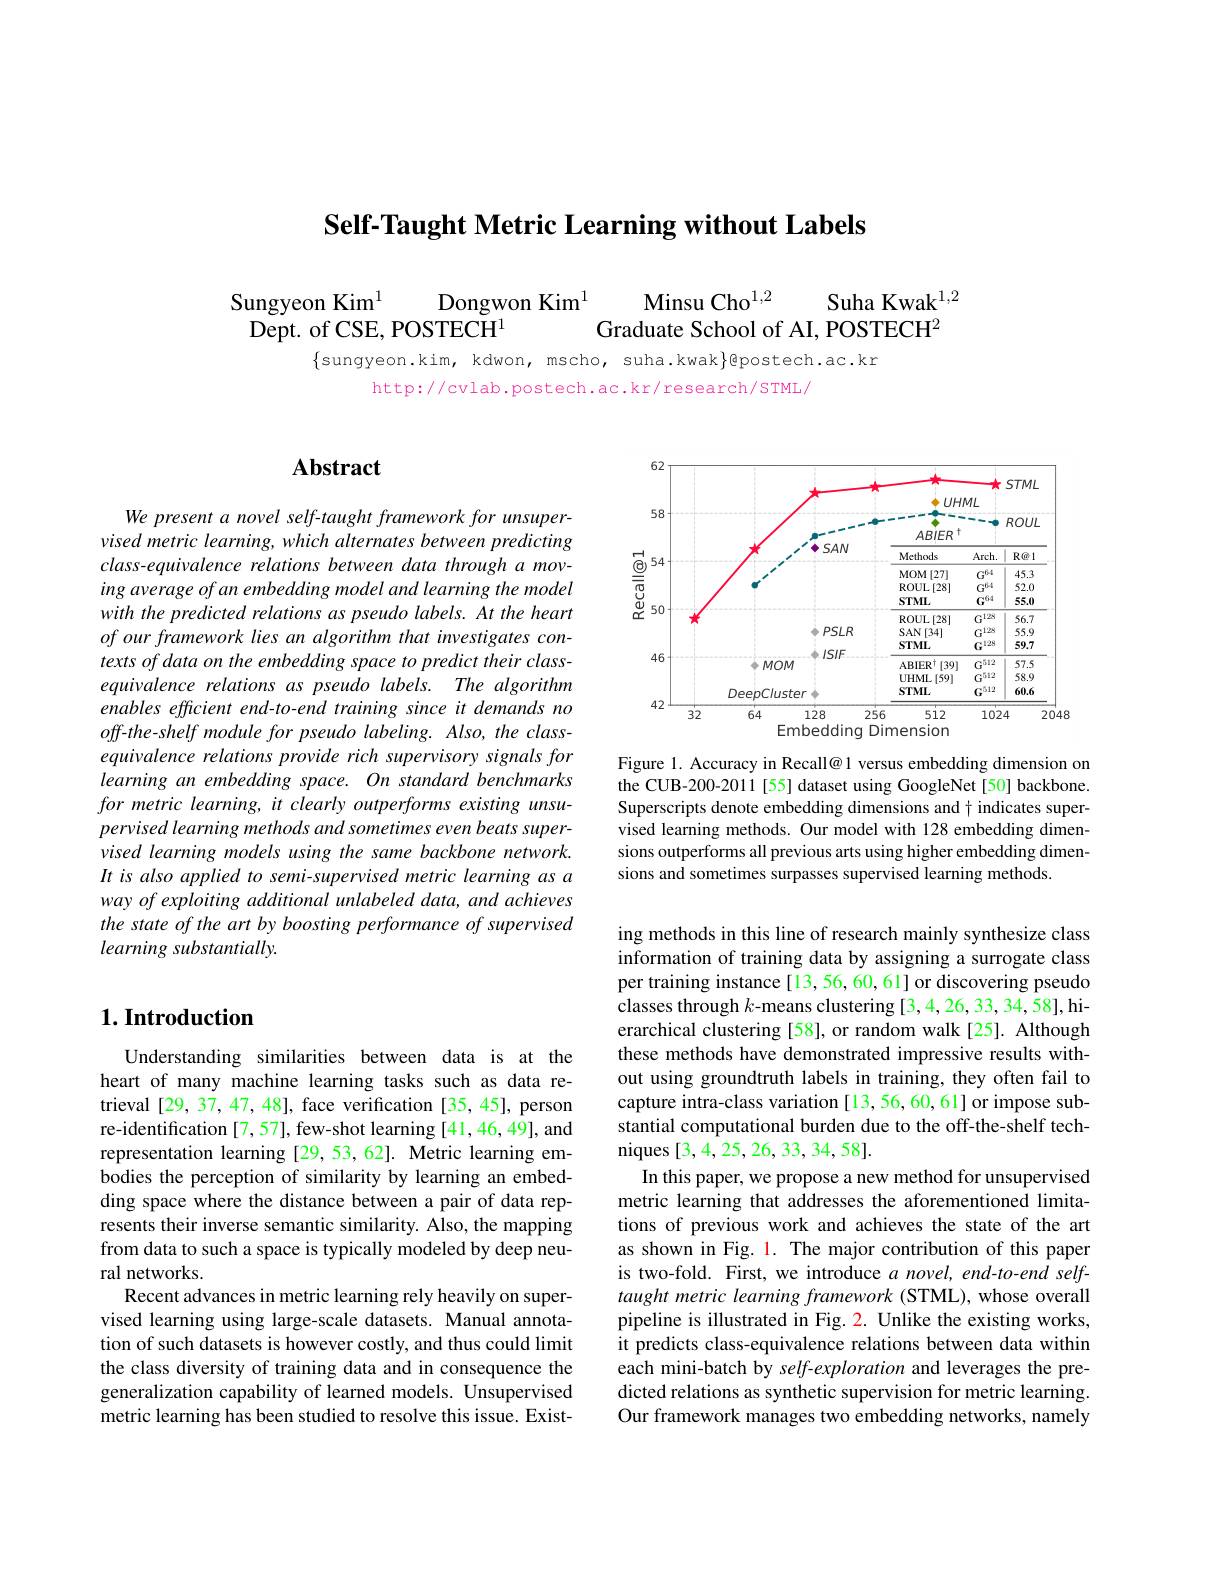
Self-Taught Metric Learning without Labels

$\begin{array}{c}\text{iungyeon Kim}^{1}&\text{Dongwon Kim}^{1}&\text{Minsu Cho}^{1,2}&\text{Suha Kwak}^{1,2}\\\text{Dept. of CSE, POSTECH}^{1}&\text{Graduate School of AI, POSTECH}^{2}\end{array}$

$\{$sungyeon.kim, kdwon, mscho, suha.kwak$\}$@postech.ac.kr
http://cvlab.postech.ac.kr/research/STML/

# Abstract

We present a novel self-taught framework for unsupervised metric learning, which alternates between predicting class-equivalence relations between data through a moving average of an embedding model and learning the model with the predicted relations as pseudo labels. At the heart ofourframework lies an algorithm that investigates contexts of data on the embedding space to predict their classequivalence relations as pseudo labels. The algorithm enables efficient end-to-end training since it demands no $off-the-shelf$ module for pseudo labeling. Also, the classequivalence relations provide rich supervisory signals for learning an embedding space. On standard benchmarks for metric learning, it clearly outperforms existing unsupervised learning methods and sometimes even beats supervised learning models using the same backbone network. It is also applied to semi-supervised metric learning as a way of exploiting additional unlabeled data, and achieves the state of the art by boosting performance of supervised learning substantially.

# $1. \textbf{Introduction}$

Understanding similarities between data is at the heart of many machine learning tasks such as data retrieval [29, 37, 47, 48], face verification [35, 45], person re-identification [7,57], few-shot learning [41,46,49], and representation learning [29,53,62]. Metric learning embodies the perception of similarity by learning an embedding space where the distance between a pair of data represents their inverse semantic similarity. Also, the mapping from data to such a space is typically modeled by deep neural networks.
Recent advances in metric learning rely heavily on supervised learning using large-scale datasets. Manual annotation of such datasets is however costly, and thus could limit the class diversity of training data and in consequence the generalization capability of learned models. Unsupervised metric learning has been studied to resolve this issue. Exist-

<FigureHere>

Figure 1. Accuracy in Recall@ 1 versus embedding dimension on the CUB-200-2011[55] dataset using GoogleNet[50] backbone. Superscripts denote embedding dimensions and $\dagger$ indicates supervised learning methods. Our model with 128 embedding dimensions outperforms all previous arts using higher embedding dimensions and sometimes surpasses supervised learning methods

ing methods in this line of research mainly synthesize class information of training data by assigning a surrogate class per training instance [13, 56, 60, 61] or discovering pseudo classes through $k$-means clustering [3,4,26,33,34,58], hierarchical clustering [58], or random walk [25]. Although these methods have demonstrated impressive results without using groundtruth labels in training, they often fail to capture intra-class variation [13,56,60,61] or impose substantial computational burden due to the off-the-shelf techniques [3,4,25,26,33,34,58].
In this paper, we propose a new method for unsupervised metric learning that addresses the aforementioned limitations of previous work and achieves the state of the art as shown in Fig. 1. The major contribution of this paper is two-fold. First, we introduce $a$ novel, end-to-end selftaught metric learning framework (STML), whose overall pipeline is illustrated in Fig. 2. Unlike the existing works, it predicts class-equivalence relations between data within each mini-batch by self-exploration and leverages the predicted relations as synthetic supervision for metric learning. Our framework manages two embedding networks, namely